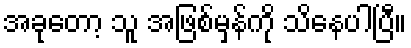
အခုတော့ သူ အဖြစ်မှန်ကို သိနေပါပြီ။